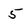
Character: 5